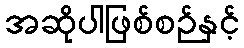
အဆိုပါဖြစ်စဉ်နှင့်